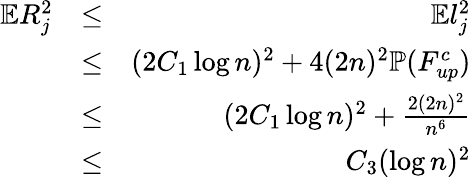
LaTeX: \begin{array}{rlr}{\mathbb{E}R_{j}^{2}}&{\leq}&{\mathbb{E}l_{j}^{2}}\\ &{\leq}&{(2C_{1}\log{n})^{2}+4(2n)^{2}\mathbb{P}(F_{up}^{c})}\\ &{\leq}&{(2C_{1}\log{n})^{2}+\frac{2(2n)^{2}}{n^{6}}}\\ &{\leq}&{C_{3}(\log{n})^{2}}\end{array}